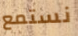
نستمع